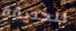
للحديقة